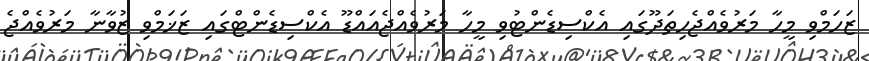
ޒަހަމްވި މީހާ މަރުވެއްޖެހިތަދޫގައި އެކްސިޑެންޓުވި މީހާ މަރުވެއްޖެއައްޑޫ އެކްސިޑެންޓްގައި ޒަޚަމްވި ޒުވާނާ މަރުވެއްޖެ